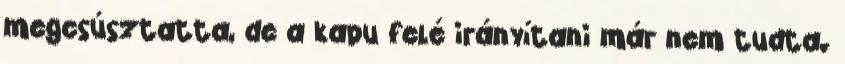
megcsúsztatta, de a kapu felé irányítani már nem tudta.